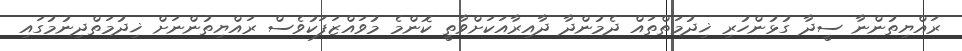
ރައްޔިތުންނާ ސީދާ ގުޅުންހުރި ޚިދުމަތްތައް ދެމުންދާ ދާއިރާއަކަށްވާތީ ކޮންމެ މުވައްޒަފަކުވެސް ރައްޔިތުންނަށް ޚިދުމަތްދިނުމުގައި